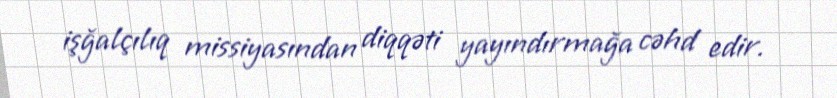
işğalçılıq missiyasından diqqəti yayındırmağa cəhd edir.